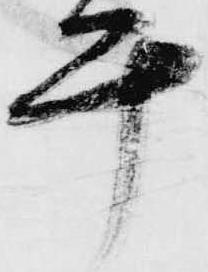
計